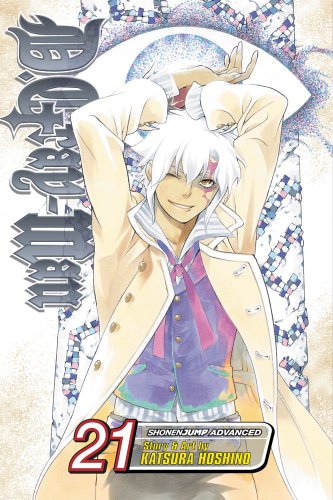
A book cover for D. Gray-Man, Vol. 21; Katsura Hoshino; Comics & Graphic Novels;